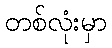
တစ်လုံးမှာ